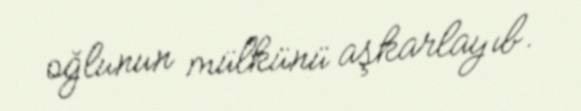
oğlunun mülkünü aşkarlayıb.